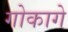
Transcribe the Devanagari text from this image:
गोकागे